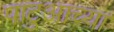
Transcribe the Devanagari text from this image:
पाटुआच्या